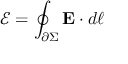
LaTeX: { \mathcal { E } } = \oint _ { \partial \Sigma } \mathbf { E } \cdot d { \boldsymbol { \ell } }